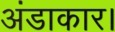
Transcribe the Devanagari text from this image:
अंडाकार।